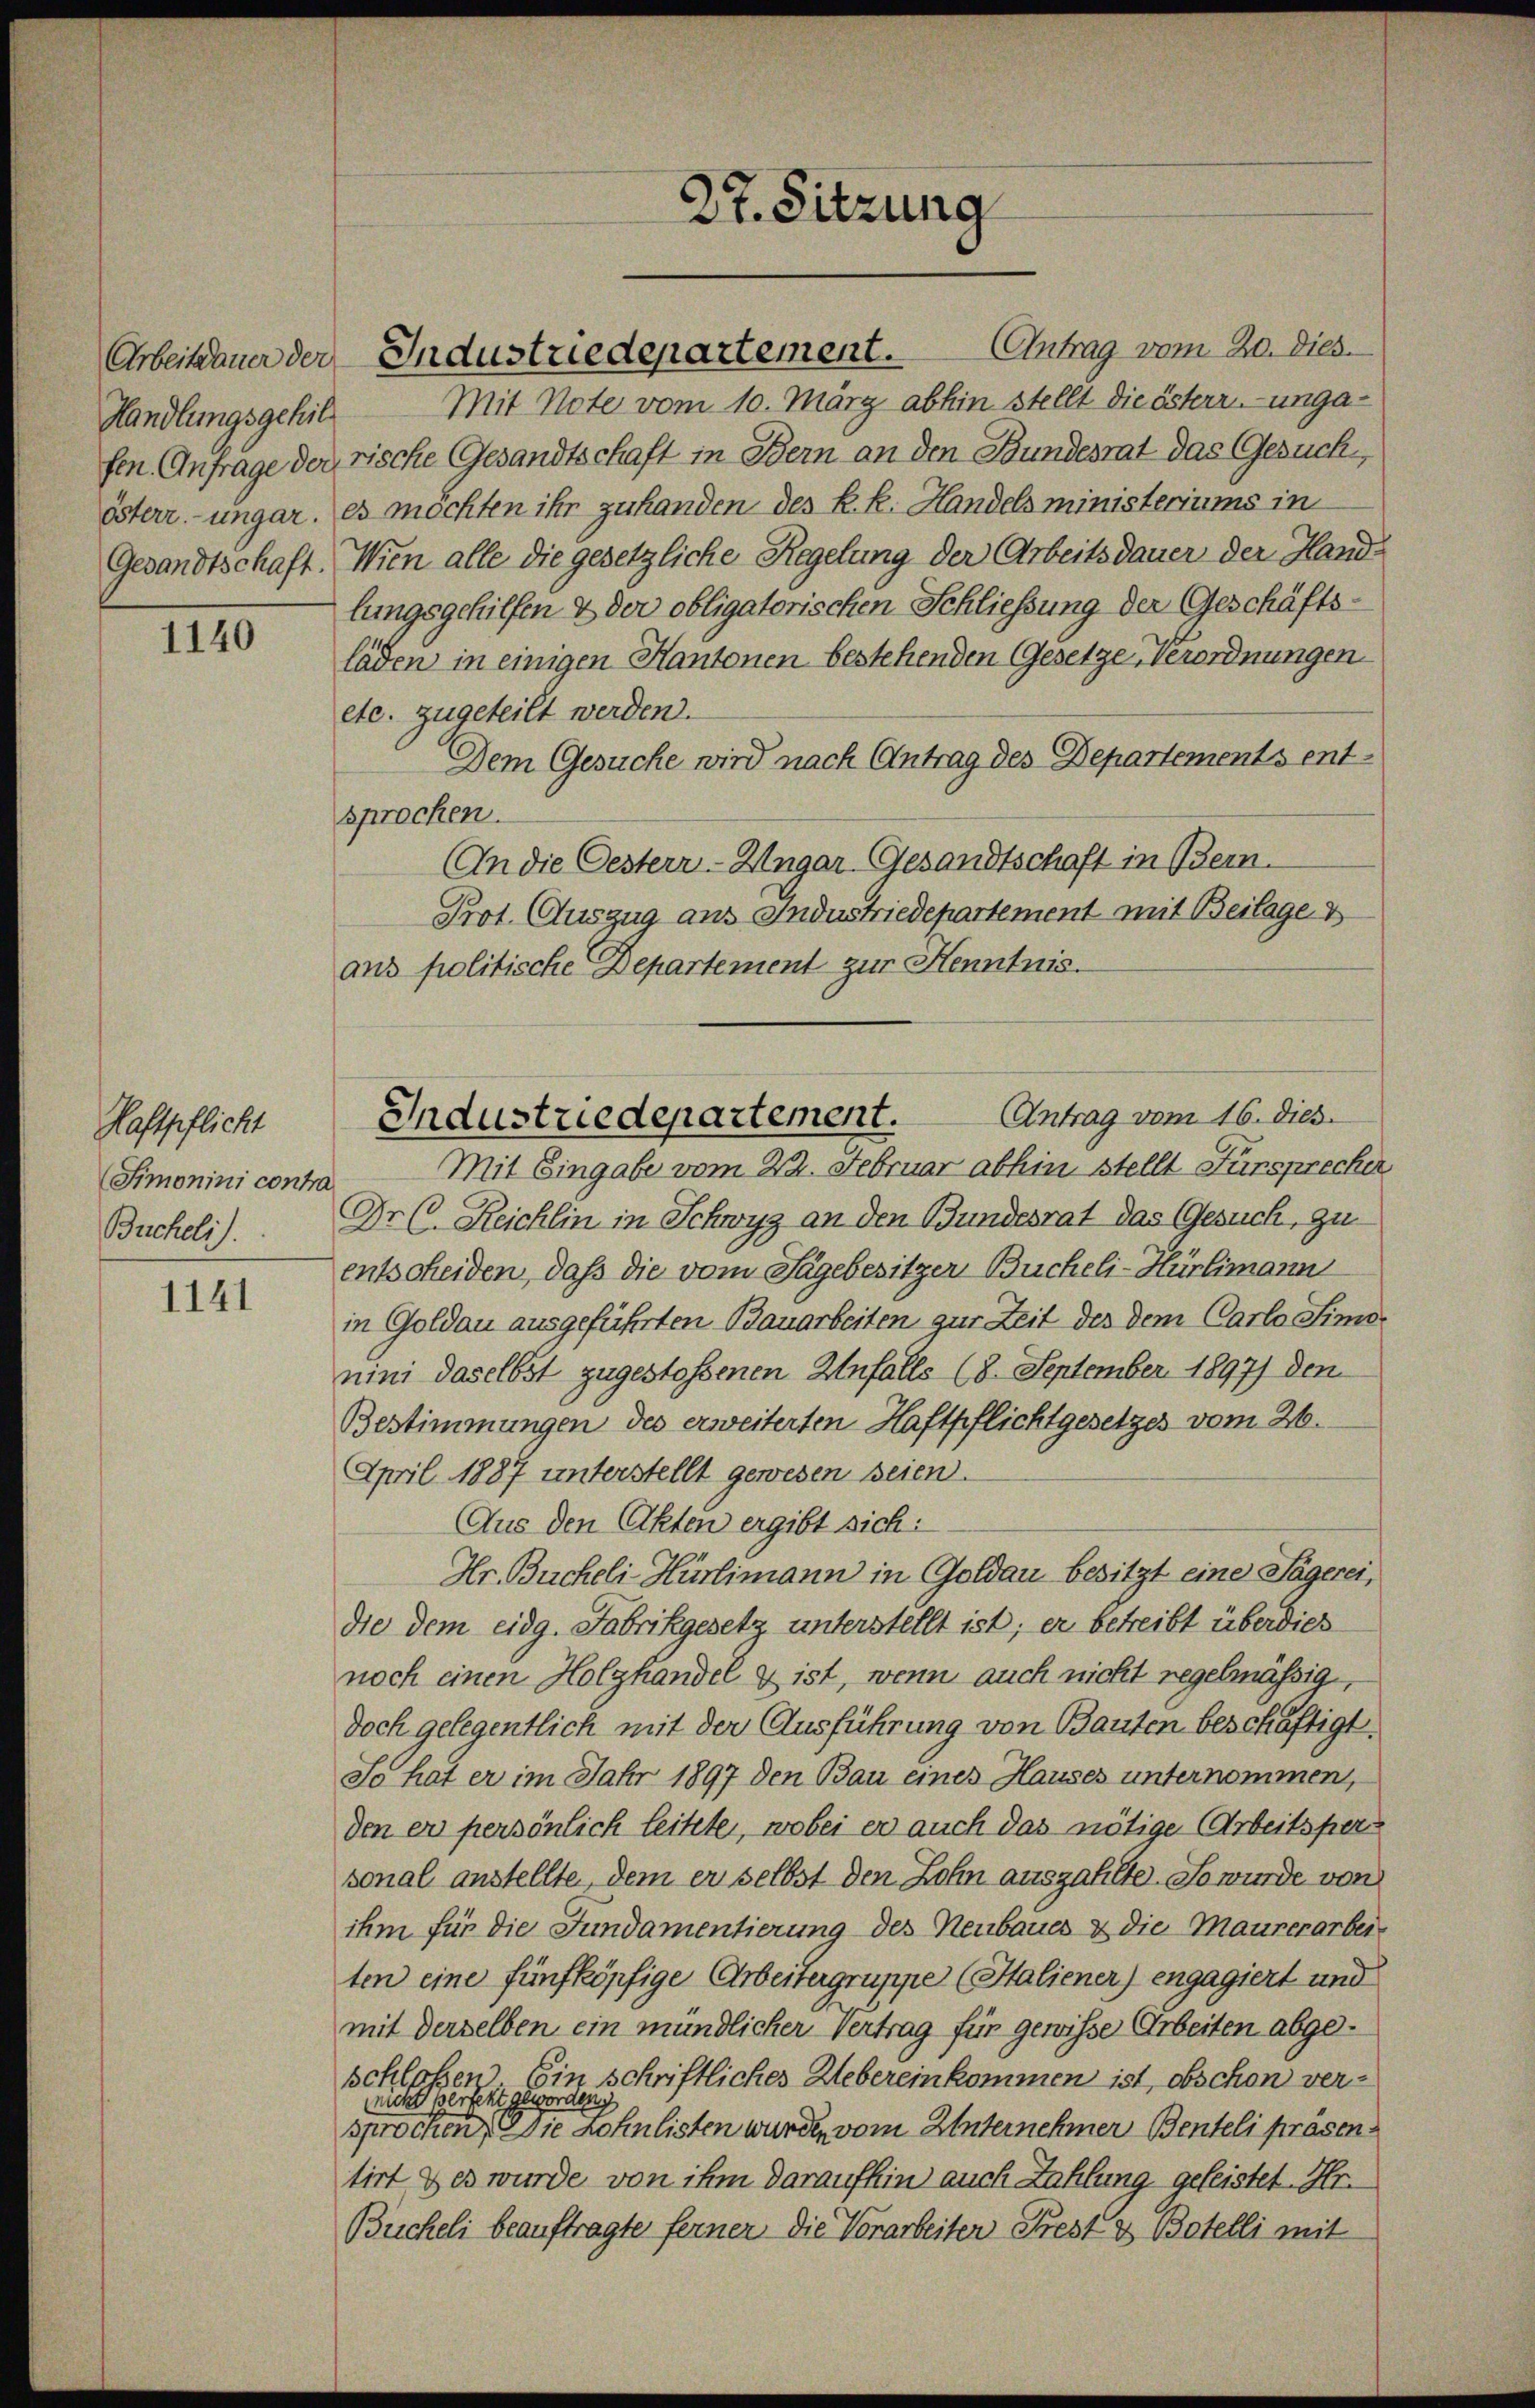
Handlungsgehil
fen. Anfrage der
österr.-ungar.
Gesandtschaft.

1140

Haftpflicht
Simonini contra
Bucheli).

1141

27. Sitzung

2 Mit Note vom 10. März abhin stellt die österr.-ungarische Gesandtschaft in Bern an den Bundesrat das Gesuch,
es möchten ihr zu handen des k. k. Handels ministeriums in
Wien alle die gesetzliche Regelung der Arbeitsdauer der Handlungsgehilfen & der obligatorischen Schließung der Geschäftsläden in einigen Kantonen bestehenden Gesetze, Verordnungen
etc. zugeteilt werden.
Dem Gesuche wird nach Antrag des Departements entsprochen.
An die Oesterr-Ungar Gesandtschaft in Bern.
Prot. Auszug aus Industriedepartement mit Beilage v
ans politische Departement zur Henntnis.
Mit Eingabe vom 22. Februar abhin stellt Fürsprecher
Dr C. Reichlin in Schwyz an den Bundesrat das Gesuch, zu
entscheiden, daß die vom Tagebesitzer Bucheli-Hürlimann
in Goldau ausgeführten Bauarbeiten zur Zeit der dem Carlo Simonini daselbst zugestoßenen Unfalls (8. September 1897) den
Bestimmungen des erweiterten Haftpflichtgesetzes vom 26.
April 1887 unterstellt gewesen seien.
Aus den Akten ergibt sich:
Hr. Bucheli-Hürlimann in Goldau besitzt eine Sägerei,
die dem eidg. Fabrikgesetz unterstellt ist; er betreibt überdies
noch einen Holzhandel & ist, wenn auch nicht regelmäßig,
doch gelegentlich mit der Ausführung von Bauten beschäftigt,
So hat er im Jahr 1897 den Bau eines Hauses unternommen,
den er persönlich leitete, wobei er auch das nötige Arbeitsper
sonal anstellte, dem er selbst den Lohn auszahlte. So wurde von
ihm für die Fundamentierung des Neubaues & die Maurerarbeiten eine fünfköpfige Arbeitergruppe (Staliener) engagiert und
mit derselben ein mündlicher Vertrag für gewisse Arbeiten abgeschloßen Ein schriftliches Webereinkommen ist, obschon verorden,
nicht perfekt ge
sprochen sie schulisten wurde vom Unternehmer Benteli präsentirt des wurde von ihm daraufhin auch Zahlung geleistet. Hr.
Bucheli beauftragte ferner, die Vorarbeiter Frest & Botelli mit

Arbeitdauer der Industriedepartement. Antrag vom 20. Dies

Industriedepartement. Antrag vom 16. dies